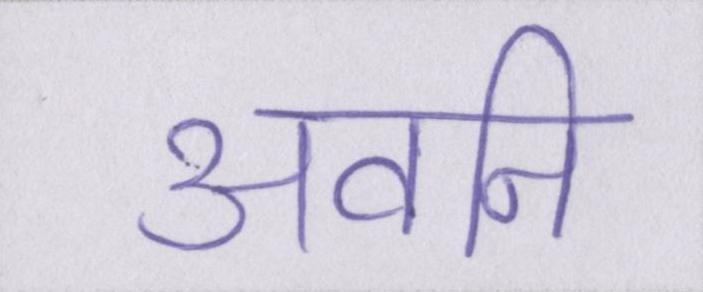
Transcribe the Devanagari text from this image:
अवनि